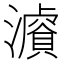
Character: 𤂓